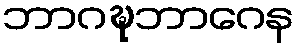
ဘာဂဍ္ဎဘာဂေန